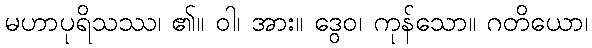
မဟာပုရိသဿ၊ ၏။ ဝါ၊ အား။ ဒွေဝ၊ ကုန်သော။ ဂတိယော၊